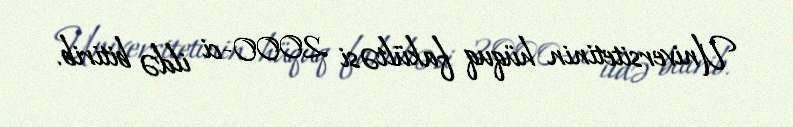
Universitetinin hüquq fakültəsi 2000-ci ildə bitirib.